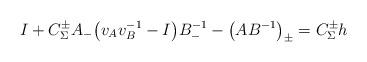
LaTeX: \begin{gather*}I + C_\Sigma^\pm A_-\big(v_A v_B^{-1} - I\big)B_-^{-1} - \big(AB^{-1}\big)_\pm= C_\Sigma^\pm h\end{gather*}